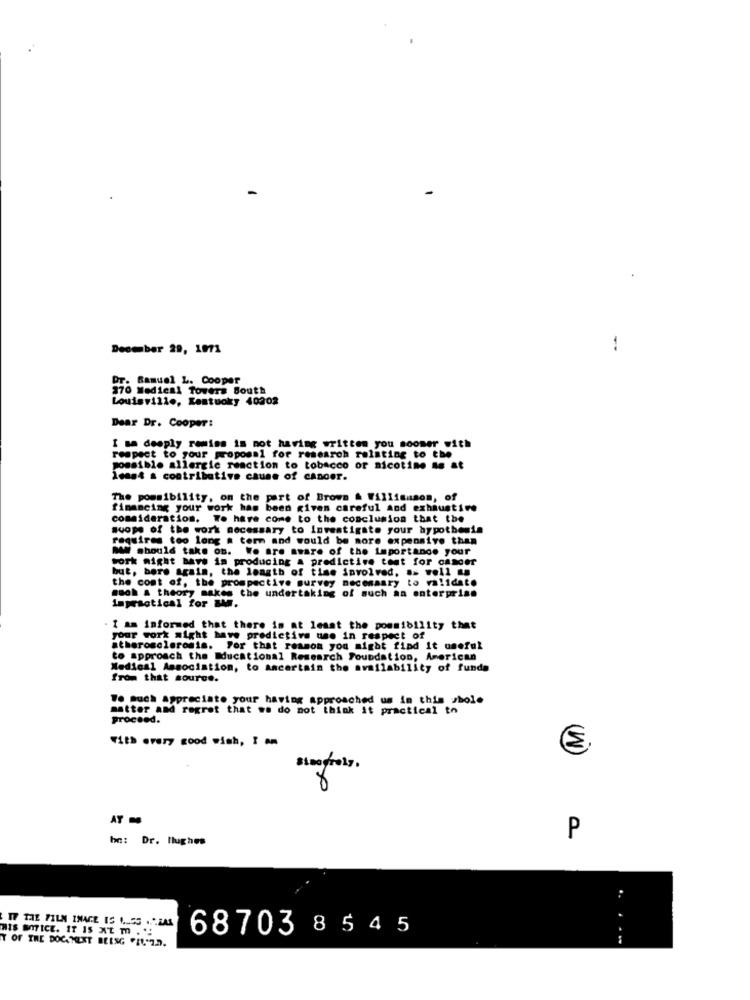
December 29, 1971
--
OT. Samuel L. Cooper
270 Medical Towers South
Louisville, Kastuoky 40202
Dear Dr. Cooper:
I am deeply remiss is not having written you sooner with
respect to your proposal for research relating to the
possible allergic reaction to tobacco or nicotine is at
least a contributive cause of cancer.
The possibility, on the part of Brown & Williamson, of
financing your work has been given careful And exhaustive
consideration. To have come to the conclusion that the
suope of the work necessary to investigate your hypothesis
requires too long a term and would be more expensive than
MW should take on. We are aware of the importance your
work might have in producing a predictive test for cancer
but, bare again, the length of time involved, as well .
the cost of, the prospective survey necommary to validate
mach & theory makes the undertaking of such an enterprise
Impractical for BM.
I am informed that there is at least the pommibility that
your work might have predictive use in respect of
atherosclerosis. For that reason you might find it useful
to approach the Educational Research Foundation, American
Medical Association, to ascertain the availability of funds
from that source.
We much appreciate your having approached us in this bol.
matter and regret that we do not think it practical to
proceed.
With every good wish, I
€
AT -
P
ho: Dr. Hughes
IF THE FILM INAGE IS 1. 55 .. ".ZAL
68703 8 545
T OF THE DOC.TEXT BEESG "IL"In.